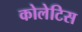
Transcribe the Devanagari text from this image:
कोलेटिस